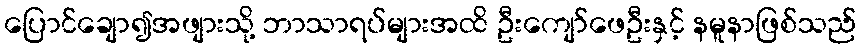
ပြောင်ချော၍အဖျားသို့ ဘာသာရပ်များအထိ ဦးကျော်ဖေဦးနှင့် နမူနာဖြစ်သည်